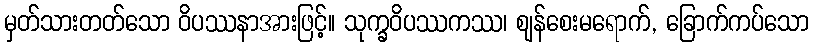
မှတ်သားတတ်သော ဝိပဿနာအားဖြင့်။ သုက္ခဝိပဿကဿ၊ ဈန်စေးမရောက်, ခြောက်ကပ်သော